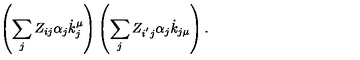
\left( \sum _ { j } Z _ { i j } \alpha _ { j } \dot { k } _ { j } ^ { \mu } \right) \left( \sum _ { j } Z _ { i ^ { ^ { \prime } } j } \alpha _ { j } \dot { k } _ { j \mu } \right) .